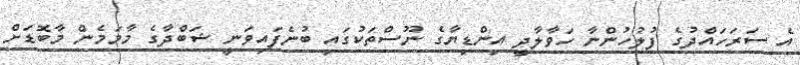
އެ ސަރަހައްދުގެ ފުލުހުންނާ ހަވާލާދީ އިންޑިޔާގެ ނޫސްތަކުގައި ބުނެފައިވަނީ ޝަބްދާގެ މާމަމެން މާބޮޑަށް